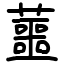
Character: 蘁